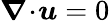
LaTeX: \boldsymbol{\nabla}\! \cdot\! \boldsymbol{u}=0